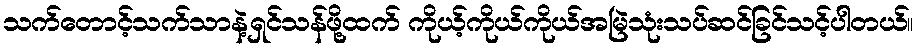
သက်တောင့်သက်သာနဲ့ရှင်သန်ဖို့ထက် ကိုယ့်ကိုယ်ကိုယ်အမြဲသုံးသပ်ဆင်ခြင်သင့်ပါတယ်။